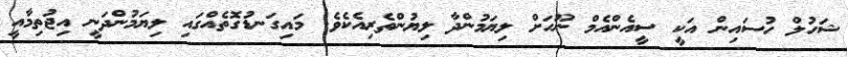
ޝަހުލް ހުސައިން އަކީ ސީއެންއެމް ނޫހަށް ލިޔަމުންދާ ލިޔުންތެރިއެކެވެ. މައިގަނޑުގޮތެއްގައި ލިޔަމުންދަނީ އިޖުތިމާއީ